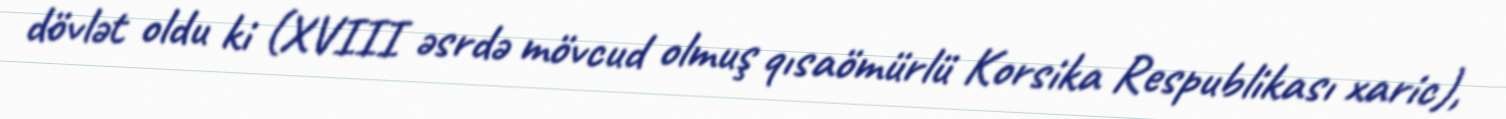
dövlət oldu ki (XVIII əsrdə mövcud olmuş qısaömürlü Korsika Respublikası xaric),